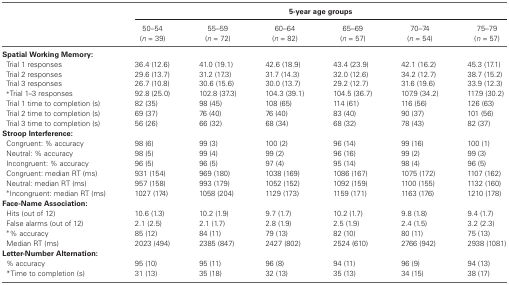
<table><thead><tr><td></td><td colspan="6"><b>5-year age groups</b></td></tr></thead><tbody><tr><td></td><td>50–54(<i>n</i> = 39)</td><td>55–59(<i>n</i> = 72)</td><td>60–64(<i>n</i> = 82)</td><td>65–69(<i>n</i> = 57)</td><td>70–74(<i>n</i> = 54)</td><td>75–79(<i>n</i> = 57)</td></tr><tr><td colspan="7"><b>Spatial Working Memory:</b></td></tr><tr><td>Trial 1 responses</td><td>36.4 (12.6)</td><td>41.0 (19.1)</td><td>42.6 (18.9)</td><td>43.4 (23.9)</td><td>42.1 (16.2)</td><td>45.3 (17.1)</td></tr><tr><td>Trial 2 responses</td><td>29.6 (13.7)</td><td>31.2 (17.3)</td><td>31.7 (14.3)</td><td>32.0 (12.6)</td><td>34.2 (12.7)</td><td>38.7 (15.2)</td></tr><tr><td>Trial 3 responses</td><td>26.7 (10.8)</td><td>30.6 (15.6)</td><td>30.0 (13.7)</td><td>29.2 (12.7)</td><td>31.6 (19.6)</td><td>33.9 (12.3)</td></tr><tr><td>*Trial 1–3 responses</td><td>92.8 (25.0)</td><td>102.8 (37.3)</td><td>104.3 (39.1)</td><td>104.5 (36.7)</td><td>107.9 (34.2)</td><td>117.9 (30.2)</td></tr><tr><td>Trial 1 time to completion (s)</td><td>82 (35)</td><td>98 (45)</td><td>108 (65)</td><td>114 (61)</td><td>116 (56)</td><td>126 (63)</td></tr><tr><td>Trial 2 time to completion (s)</td><td>69 (37)</td><td>76 (40)</td><td>76 (40)</td><td>83 (40)</td><td>90 (37)</td><td>101 (56)</td></tr><tr><td>Trial 3 time to completion (s)</td><td>56 (26)</td><td>66 (32)</td><td>68 (34)</td><td>68 (32)</td><td>78 (43)</td><td>82 (37)</td></tr><tr><td colspan="7"><b>Stroop Interference:</b></td></tr><tr><td>Congruent: % accuracy</td><td>98 (6)</td><td>99 (3)</td><td>100 (2)</td><td>96 (14)</td><td>99 (16)</td><td>100 (1)</td></tr><tr><td>Neutral: % accuracy</td><td>98 (5)</td><td>99 (4)</td><td>99 (2)</td><td>96 (16)</td><td>99 (2)</td><td>99 (3)</td></tr><tr><td>Incongruent: % accuracy</td><td>96 (5)</td><td>96 (5)</td><td>97 (4)</td><td>95 (14)</td><td>98 (4)</td><td>96 (5)</td></tr><tr><td>Congruent: median RT (ms)</td><td>931 (154)</td><td>969 (180)</td><td>1038 (169)</td><td>1086 (167)</td><td>1075 (172)</td><td>1107 (162)</td></tr><tr><td>Neutral: median RT (ms)</td><td>957 (158)</td><td>993 (179)</td><td>1052 (152)</td><td>1092 (159)</td><td>1100 (155)</td><td>1132 (160)</td></tr><tr><td>*Incongruent: median RT (ms)</td><td>1027 (174)</td><td>1058 (204)</td><td>1129 (173)</td><td>1159 (171)</td><td>1163 (176)</td><td>1210 (178)</td></tr><tr><td colspan="7"><b>Face-Name Association:</b></td></tr><tr><td>Hits (out of 12)</td><td>10.6 (1.3)</td><td>10.2 (1.9)</td><td>9.7 (1.7)</td><td>10.2 (1.7)</td><td>9.8 (1.8)</td><td>9.4 (1.7)</td></tr><tr><td>False alarms (out of 12)</td><td>2.1 (2.5)</td><td>2.1 (1.7)</td><td>2.8 (1.9)</td><td>2.5 (1.9)</td><td>2.4 (1.5)</td><td>3.2 (2.3)</td></tr><tr><td>*% accuracy</td><td>85 (12)</td><td>84 (11)</td><td>79 (13)</td><td>82 (10)</td><td>80 (11)</td><td>75 (13)</td></tr><tr><td>vMedian RT (ms)</td><td>2023 (494)</td><td>2385 (847)</td><td>2427 (802)</td><td>2524 (610)</td><td>2766 (942)</td><td>2938 (1081)</td></tr><tr><td colspan="7"><b>Letter-Number Alternation:</b></td></tr><tr><td>% accuracy</td><td>95 (10)</td><td>95 (11)</td><td>96 (8)</td><td>94 (11)</td><td>96 (9)</td><td>94 (13)</td></tr><tr><td>*Time to completion (s)</td><td>31 (13)</td><td>35 (18)</td><td>32 (13)</td><td>35 (13)</td><td>34 (15)</td><td>38 (17)</td></tr></tbody></table>